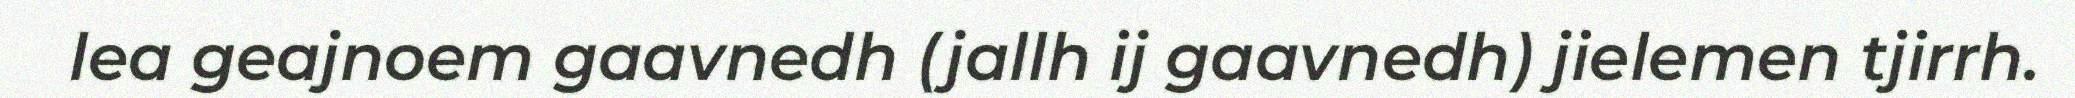
lea geajnoem gaavnedh (jallh ij gaavnedh) jielemen tjirrh.